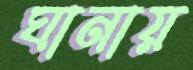
ঘানায়